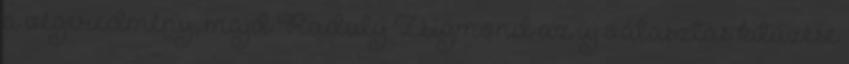
a végeredmény, majd Raduly Zsigmond az új választás kitűzése